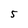
Character: 5